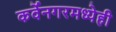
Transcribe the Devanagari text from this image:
कर्वेनगरमध्येही